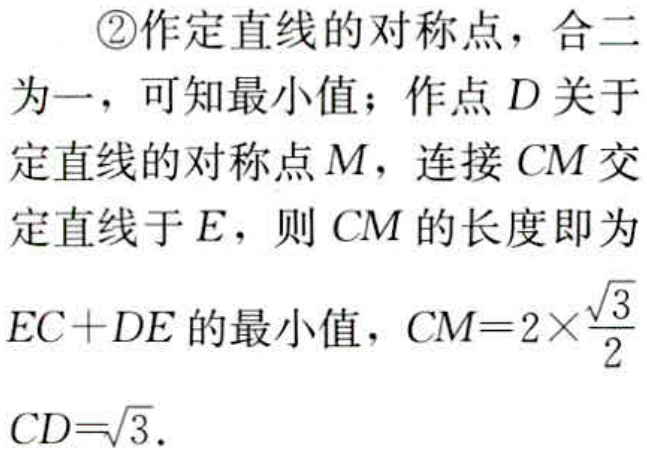
\textcircled{2}作定直线的对称点，合二

为一，可知最小值；作点\(D\)关于

定直线的对称点\(M\)，连接\(CM\)交

定直线于\(E\)，则\(CM\)的长度即为

\(EC + DE\)的最小值，\(CM = 2\times\frac{\sqrt{3}}{2}\)

\(CD=\sqrt{3}\).